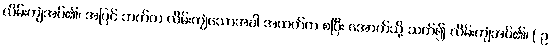
လိမ်းကျံအပ်၏၊ အပြင် ဘက်က လိမ်းကျံသောအခါ အထက်က စပြီး အောက်သို့ သက်၍ လိမ်းကျံအပ်၏၊ ( ဥ